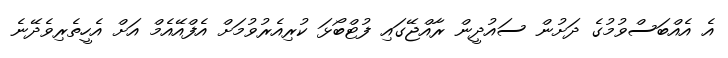
އެ އެއްބަސްވުމުގެ ދަށުން ސައުދީން ރާއްޖޭގައި ފުޓްބޯޅަ ކުރިއެރުވުމަށް އެފްއޭއެމް އަށް އެހީތެރިވެދޭނެ